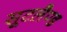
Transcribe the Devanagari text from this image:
सूटलैण्ड